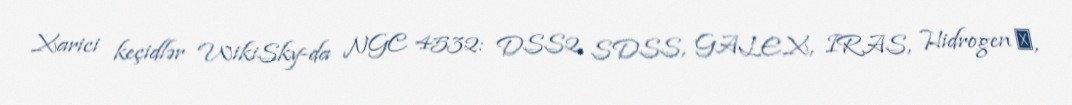
Xarici keçidlər WikiSky-da NGC 4532: DSS2, SDSS, GALEX, IRAS, Hidrogen α,